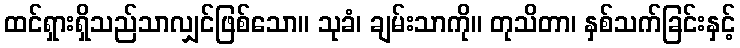
ထင်ရှားရှိသည်သာလျှင်ဖြစ်သော။ သုခံ၊ ချမ်းသာကို။ တုသိတာ၊ နှစ်သက်ခြင်းနှင့်